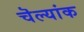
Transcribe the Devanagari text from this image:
चॆल्यांक